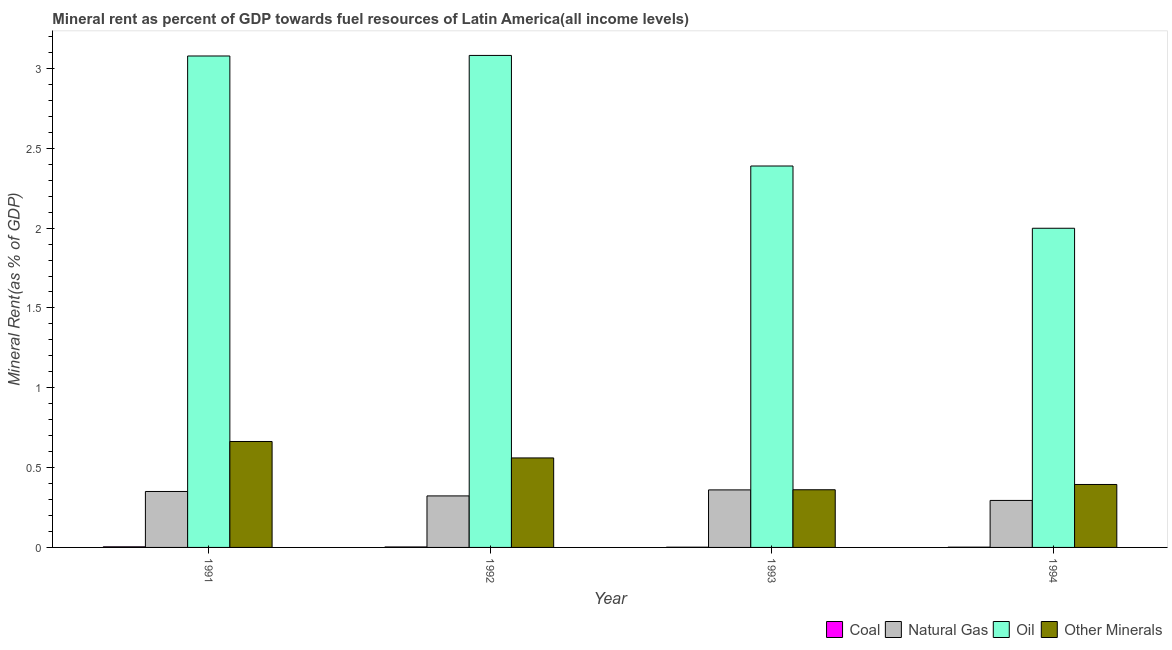
| Year | Coal | Natural Gas | Oil | Other Minerals |
 | --- | --- | --- | --- | --- |
 | 1991 | 0.00378 | 0.35 | 3.08 | 0.664 |
 | 1992 | 0.00293 | 0.323 | 3.08 | 0.561 |
 | 1993 | 0.00148 | 0.36 | 2.39 | 0.361 |
 | 1994 | 0.00162 | 0.294 | 2 | 0.394 |